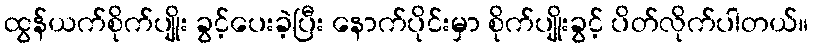
ထွန်ယက်စိုက်ပျိုး ခွင့်ပေးခဲ့ပြီး နောက်ပိုင်းမှာ စိုက်ပျိုးခွင့် ပိတ်လိုက်ပါတယ်။